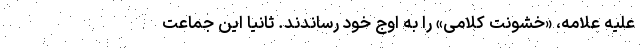
علیه علامه، «خشونت کلامی» را به اوج خود رساندند. ثانیاً این جماعت